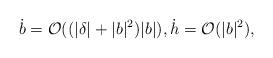
LaTeX: \begin{align*}\dot{b} = \mathcal{O}((|\delta| + |b|^2) |b|), \dot{h} = \mathcal{O}(|b|^2),\end{align*}